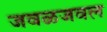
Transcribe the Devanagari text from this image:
जवळजवल